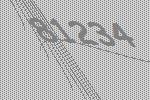
81234